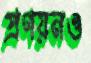
প্রণয়নও